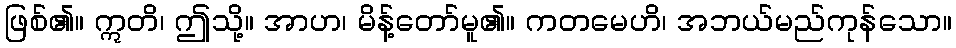
ဖြစ်၏။ ဣတိ၊ ဤသို့။ အာဟ၊ မိန့်တော်မူ၏။ ကတမေဟိ၊ အဘယ်မည်ကုန်သော။